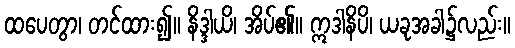
ထပေတွာ၊ တင်ထား၍။ နိဒ္ဒါယိ၊ အိပ်၏။ ဣဒါနိပိ၊ ယခုအခါ၌လည်း။